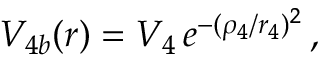
V _ { 4 b } ( r ) = V _ { 4 } \, e ^ { - ( \rho _ { 4 } / r _ { 4 } ) ^ { 2 } } \, ,